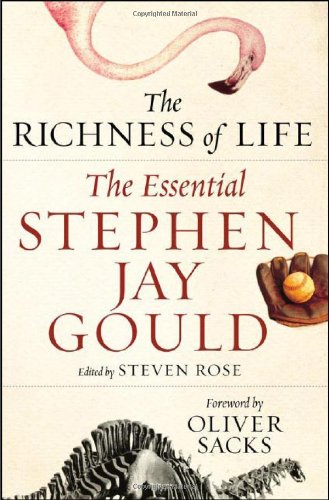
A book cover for The Richness of Life: The Essential Stephen Jay Gould; Stephen Jay Gould; Science & Math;